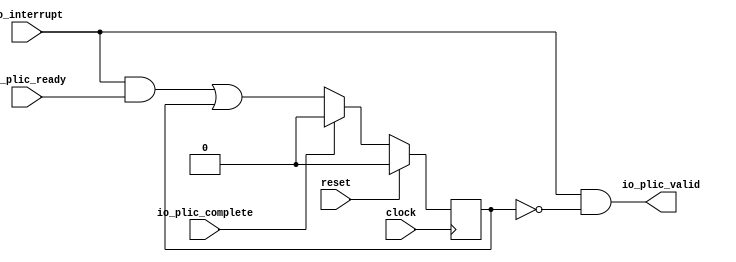
module LevelGateway( // @[:freechips.rocketchip.system.DefaultRV32Config.fir@90322.2]
  input   clock, // @[:freechips.rocketchip.system.DefaultRV32Config.fir@90323.4]
  input   reset, // @[:freechips.rocketchip.system.DefaultRV32Config.fir@90324.4]
  input   io_interrupt, // @[:freechips.rocketchip.system.DefaultRV32Config.fir@90325.4]
  output  io_plic_valid, // @[:freechips.rocketchip.system.DefaultRV32Config.fir@90325.4]
  input   io_plic_ready, // @[:freechips.rocketchip.system.DefaultRV32Config.fir@90325.4]
  input   io_plic_complete // @[:freechips.rocketchip.system.DefaultRV32Config.fir@90325.4]
);
`ifdef RANDOMIZE_REG_INIT
  reg [31:0] _RAND_0;
`endif // RANDOMIZE_REG_INIT
  reg  inFlight; // @[Plic.scala 33:21:freechips.rocketchip.system.DefaultRV32Config.fir@90330.4]
  wire  _T; // @[Plic.scala 34:22:freechips.rocketchip.system.DefaultRV32Config.fir@90331.4]
  wire  _GEN_0; // @[Plic.scala 34:40:freechips.rocketchip.system.DefaultRV32Config.fir@90332.4]
  wire  _T_1; // @[Plic.scala 36:36:freechips.rocketchip.system.DefaultRV32Config.fir@90338.4]
  assign _T = io_interrupt & io_plic_ready; // @[Plic.scala 34:22:freechips.rocketchip.system.DefaultRV32Config.fir@90331.4]
  assign _GEN_0 = _T | inFlight; // @[Plic.scala 34:40:freechips.rocketchip.system.DefaultRV32Config.fir@90332.4]
  assign _T_1 = ~inFlight; // @[Plic.scala 36:36:freechips.rocketchip.system.DefaultRV32Config.fir@90338.4]
  assign io_plic_valid = io_interrupt & _T_1; // @[Plic.scala 36:17:freechips.rocketchip.system.DefaultRV32Config.fir@90340.4]
`ifdef RANDOMIZE_GARBAGE_ASSIGN
`define RANDOMIZE
`endif
`ifdef RANDOMIZE_INVALID_ASSIGN
`define RANDOMIZE
`endif
`ifdef RANDOMIZE_REG_INIT
`define RANDOMIZE
`endif
`ifdef RANDOMIZE_MEM_INIT
`define RANDOMIZE
`endif
`ifndef RANDOM
`define RANDOM $random
`endif
`ifdef RANDOMIZE_MEM_INIT
  integer initvar;
`endif
`ifndef SYNTHESIS
`ifdef FIRRTL_BEFORE_INITIAL
`FIRRTL_BEFORE_INITIAL
`endif
initial begin
  `ifdef RANDOMIZE
    `ifdef INIT_RANDOM
      `INIT_RANDOM
    `endif
    `ifndef VERILATOR
      `ifdef RANDOMIZE_DELAY
        #`RANDOMIZE_DELAY begin end
      `else
        #0.002 begin end
      `endif
    `endif
`ifdef RANDOMIZE_REG_INIT
  _RAND_0 = {1{`RANDOM}};
  inFlight = _RAND_0[0:0];
`endif // RANDOMIZE_REG_INIT
  `endif // RANDOMIZE
end // initial
`ifdef FIRRTL_AFTER_INITIAL
`FIRRTL_AFTER_INITIAL
`endif
`endif // SYNTHESIS
  always @(posedge clock) begin
    if (reset) begin
      inFlight <= 1'h0;
    end else if (io_plic_complete) begin
      inFlight <= 1'h0;
    end else begin
      inFlight <= _GEN_0;
    end
  end
endmodule